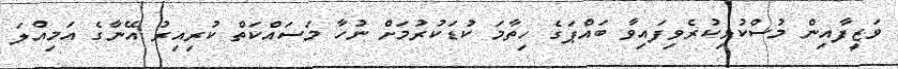
ވަޒީފާއިން މުސްކުޅިކުރެވިފައިވާ ބައްޕަގެ ހިތާމަ ކުޑަކުރުމަށް ނުހާ މަސައްކަތް ކުރިއިރު އޭނާގެ އަމިއްލަ